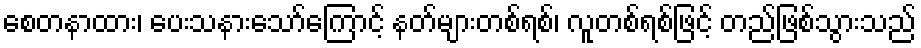
စေတနာထား၊ ပေးသနားသော်ကြောင့် နတ်များတစ်ရစ်၊ လူတစ်ရစ်ဖြင့် တည်ဖြစ်သွားသည်